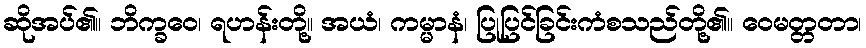
ဆိုအပ်၏။ ဘိက္ခဝေ၊ ရဟန်းတို့။ အယံ၊ ကမ္မာနံ၊ ပြုပြင်ခြင်းကံစသည်တို့၏။ ဝေမတ္တတာ၊